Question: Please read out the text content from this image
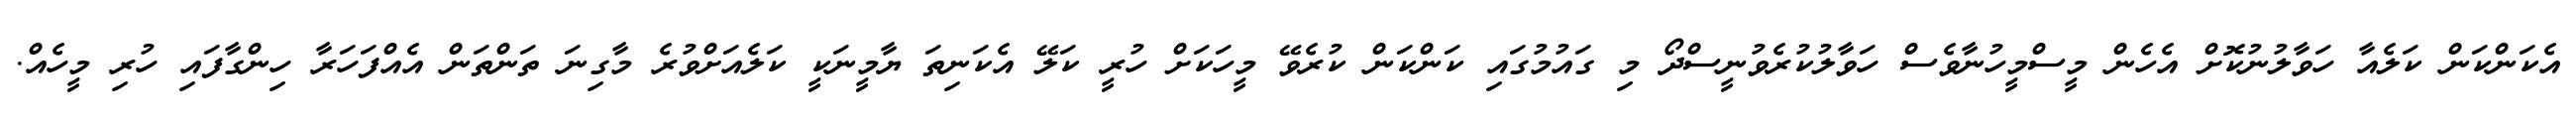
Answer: އެކަންކަން ކަލެއާ ހަވާލުނުކޮށް އެހެން މީސްމީހުނާވެސް ހަވާލުކުރެވުނީސްދޯ މި ގައުމުގައި ކަންކަން ކުރެވޭ މީހަކަށް ހުރީ ކަލޭ އެކަނިތަ ޔާމީނަކީ ކަލެއަށްވުރެ މާގިނަ ތަންތަން އެއްފަހަރާ ހިންގާފައި ހުރި މީހެއް.